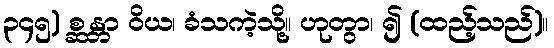
၃၄၅) စ္ဆန္တာ ဝိယ၊ ခံသကဲ့သို့။ ဟုတွာ၊ ၍ (ထည့်သည်)။